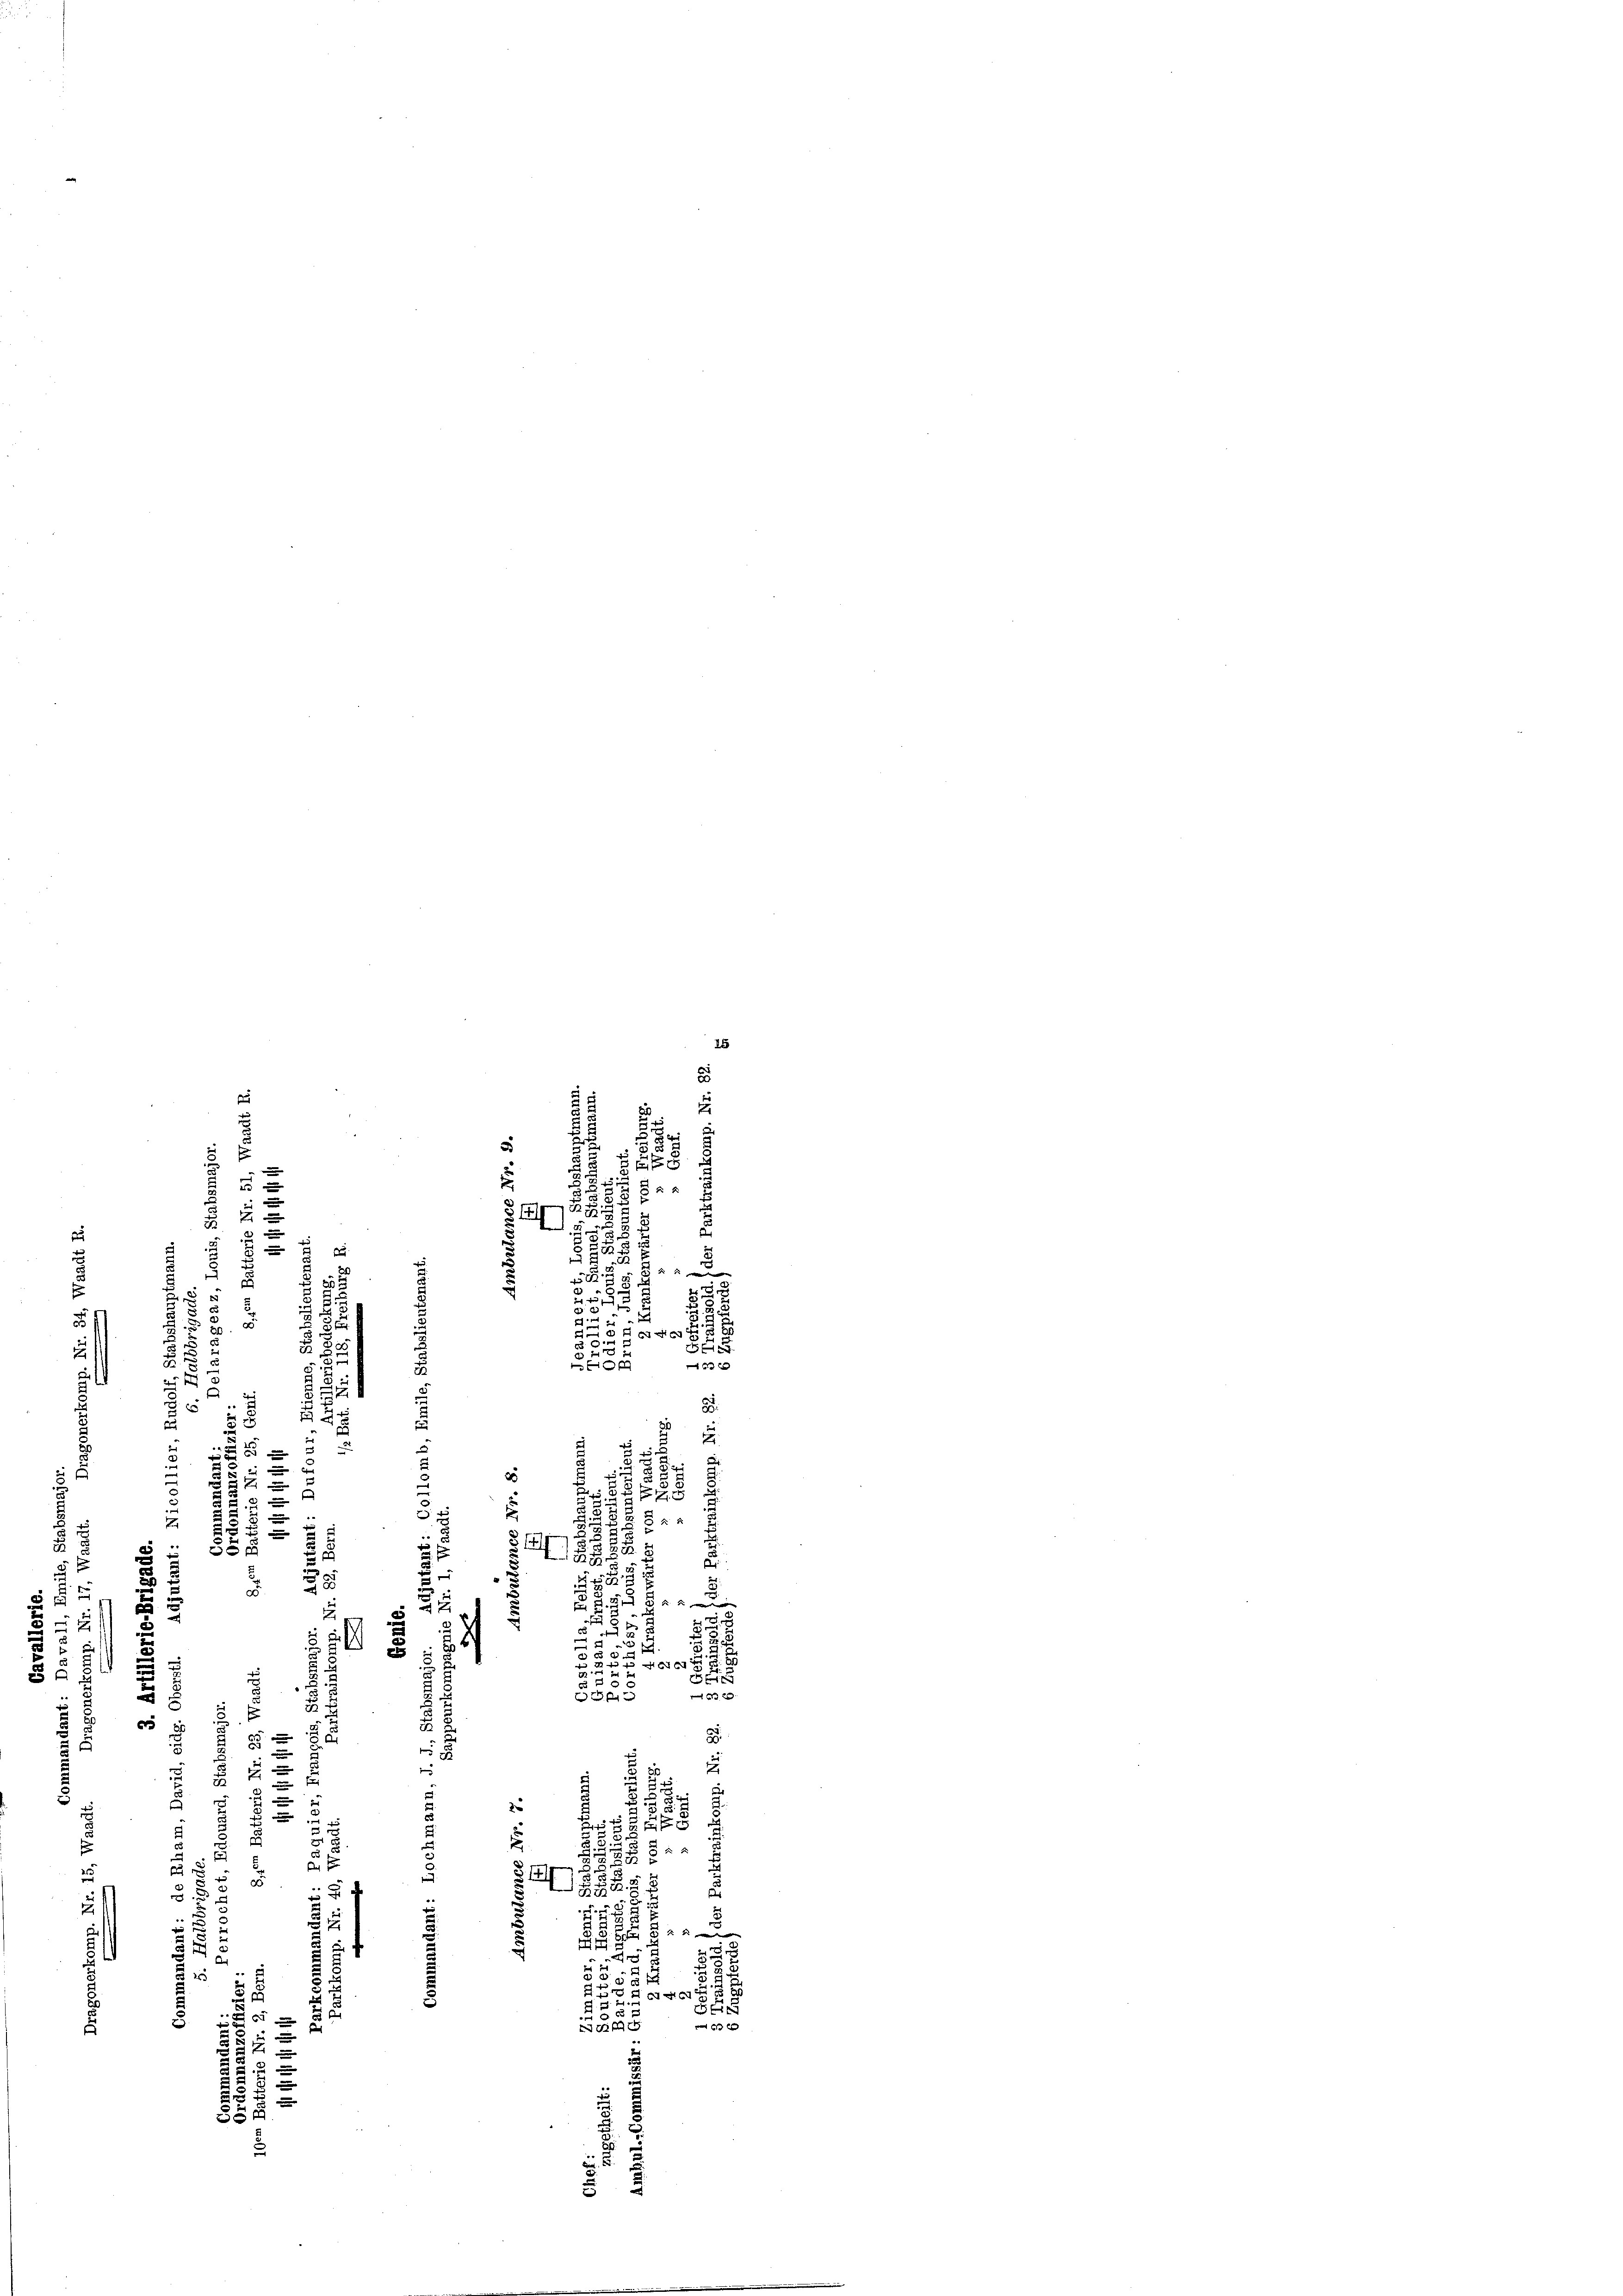
15
2
,

e
2
5 x
e
R.

§ 1
.
t
5
u
u
u

b
20
u

¬
t
32
5
s
e
.
auch ein
d
2
a
8
5
22
u
c
.
8
o
x
5
s
e
E
e
¬
.
8.
5
2
2
8
e
für

E
d

e
2
n

5

5

2

2

F
2
2
.
g
¬
 885.
2
5
.
8
5

2
e
5 f 0 x
2

s
1
x
e
2.
s il es
2
e
i
u
45
n
u

x
2
5
d
 x
B
¬
2
u
5
er 21
8
8
G
e

 xx
.
1
¬
x
2
2
2

24 x
SSE

e

2
28
u
e
s
r
d
u
58884/
,
u
u
.
9
 22 x
.

1
u
d
2 45 x
4
2
5
2
u
1
x
p
d
4
u
Sei
s
 xx
.
a
 0 x
¬
¬
u

u
52 x
.
5